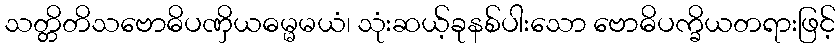
သတ္တိတိသဗောဓိပဏှိယဓမ္မမယံ၊ သုံးဆယ့်ခုနစ်ပါးသော ဗောဓိပက္ခိယတရားဖြင့်